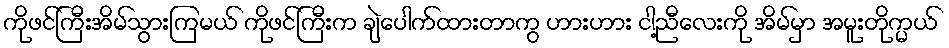
ကိုဖင်ကြီးအိမ်သွားကြမယ် ကိုဖင်ကြီးက ချဲပေါက်ထားတာကွ ဟားဟား ငါ့ညီလေးကို အိမ်မှာ အမူးတိုက္မယ်